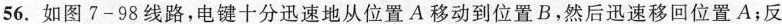
56. 如图7-98线路，电键十分迅速地从位置A移动到位置B.然后迅速移回位置A；反